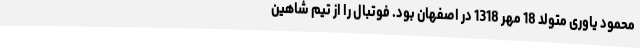
محمود یاوری متولد 18 مهر 1318 در اصفهان بود. فوتبال را از تیم شاهین